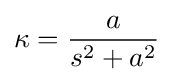
\kappa ={\frac {a}{s^{2}+a^{2}}}